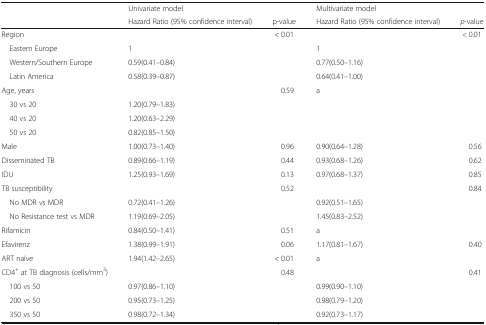
<table><thead><tr><td rowspan="2"></td><td><b>Univariate model</b></td><td></td><td><b>Multivariate model</b></td><td></td></tr><tr><td><b>Hazard Ratio (95% confidence interval)</b></td><td><b>p-value</b></td><td><b>Hazard Ratio (95% confidence interval)</b></td><td><b><i>p</i>-value</b></td></tr></thead><tbody><tr><td>Region</td><td></td><td>&lt; 0.01</td><td></td><td>&lt; 0.01</td></tr><tr><td> Eastern Europe</td><td>1</td><td></td><td>1</td><td></td></tr><tr><td> Western/Southern Europe</td><td>0.59(0.41–0.84)</td><td></td><td>0.77(0.50–1.16)</td><td></td></tr><tr><td> Latin America</td><td>0.58(0.39–0.87)</td><td></td><td>0.64(0.41–1.00)</td><td></td></tr><tr><td>Age, years</td><td></td><td>0.59</td><td>a</td><td></td></tr><tr><td> 30 vs 20</td><td>1.20(0.79–1.83)</td><td></td><td></td><td></td></tr><tr><td> 40 vs 20</td><td>1.20(0.63–2.29)</td><td></td><td></td><td></td></tr><tr><td> 50 vs 20</td><td>0.82(0.85–1.50)</td><td></td><td></td><td></td></tr><tr><td>Male</td><td>1.00(0.73–1.40)</td><td>0.96</td><td>0.90(0.64–1.28)</td><td>0.56</td></tr><tr><td>Disseminated TB</td><td>0.89(0.66–1.19)</td><td>0.44</td><td>0.93(0.68–1.26)</td><td>0.62</td></tr><tr><td>IDU</td><td>1.25(0.93–1.69)</td><td>0.13</td><td>0.97(0.68–1.37)</td><td>0.85</td></tr><tr><td>TB susceptibility</td><td></td><td>0.52</td><td></td><td>0.84</td></tr><tr><td> No MDR vs MDR</td><td>0.72(0.41–1.26)</td><td></td><td>0.92(0.51–1.65)</td><td></td></tr><tr><td> No Resistance test vs MDR</td><td>1.19(0.69–2.05)</td><td></td><td>1.45(0.83–2.52)</td><td></td></tr><tr><td>Rifamicin</td><td>0.84(0.50–1.41)</td><td>0.51</td><td>a</td><td></td></tr><tr><td>Efavirenz</td><td>1.38(0.99–1.91)</td><td>0.06</td><td>1.17(0.81–1.67)</td><td>0.40</td></tr><tr><td>ART naïve</td><td>1.94(1.42–2.65)</td><td>&lt; 0.01</td><td>a</td><td></td></tr><tr><td>CD4<sup>+</sup> at TB diagnosis (cells/mm<sup>3</sup>)</td><td></td><td>0.48</td><td></td><td>0.41</td></tr><tr><td> 100 vs 50</td><td>0.97(0.86–1.10)</td><td></td><td>0.99(0.90–1.10)</td><td></td></tr><tr><td> 200 vs 50</td><td>0.95(0.73–1.25)</td><td></td><td>0.98(0.79–1.20)</td><td></td></tr><tr><td> 350 vs 50</td><td>0.98(0.72–1.34)</td><td></td><td>0.92(0.73–1.17)</td><td></td></tr></tbody></table>